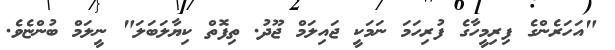
"އަހަރެންގެ ފިރިމީހާގެ ފުރިހަމަ ނަމަކީ ޖައިލަމް ޖޫދު. ތިފޮތް ކިޔާލަބަލަ" ނީލަމް ބުންޏެވެ.